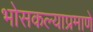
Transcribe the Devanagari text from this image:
भोसकल्याप्रमाणे